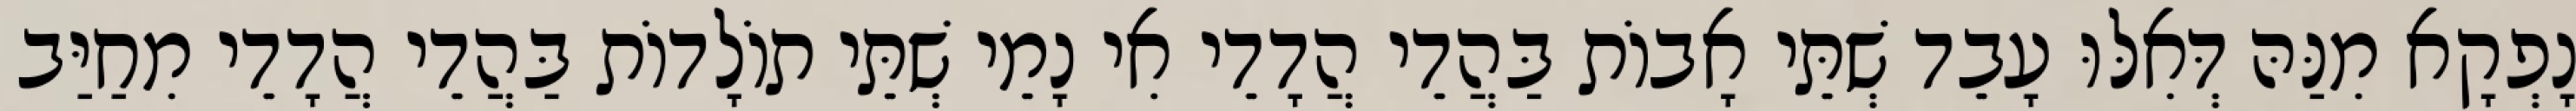
נָפְקָא מִנַּהּ דְּאִלּוּ עָבֵד שְׁתֵּי אָבוֹת בַּהֲדֵי הֲדָדֵי אִי נָמֵי שְׁתֵּי תוֹלָדוֹת בַּהֲדֵי הֲדָדֵי מִחַיַּב